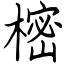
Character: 樒